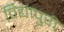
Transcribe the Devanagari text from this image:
विद्यापुरी